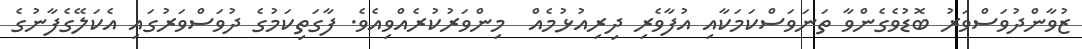
ޒުވާންދުވަސްވަރު ބޮޑުވެގެންވާ ތަނަވަސްކަމަކާއި އުފާވެރި ދިރިއުޅުމެއް  މިންވަރުކުރެއްވިއެވެ. ފާގަތިކަމުގެ ދުވަސްވަރުގައި އެކަލޭގެފާނުގެ